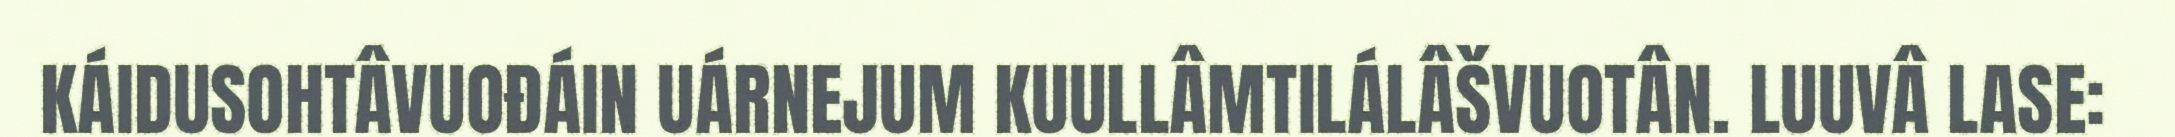
KÁIDUSOHTÂVUOĐÁIN UÁRNEJUM KUULLÂMTILÁLÂŠVUOTÂN. LUUVÂ LASE: